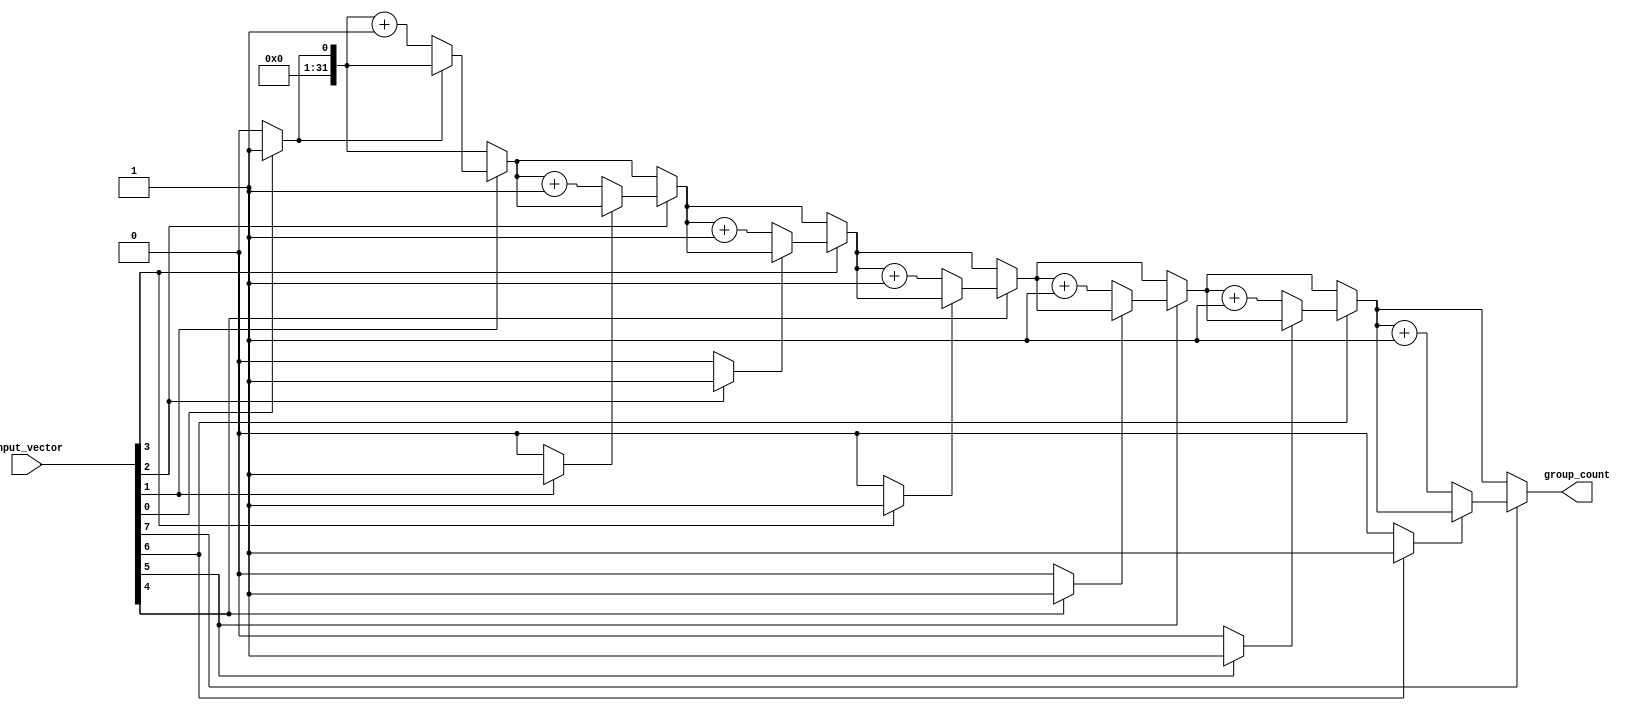
module group_of_ones (
    input wire [N-1:0] input_vector, // Input binary vector
    output reg [31:0] group_count      // Output group count (assuming max count fits in 32 bits)
);
    parameter N = 8; // Define the size of the input vector (change as needed)

    integer i;
    reg in_group;

    always @(*) begin
        group_count = 0;  // Initialize group count
        in_group = 0;     // Initialize in_group flag

        // Iterate through each bit of the input_vector
        for (i = 0; i < N; i = i + 1) begin
            if (input_vector[i] == 1'b1) begin
                if (!in_group) begin
                    group_count = group_count + 1; // New group found
                    in_group = 1;                  // Set in_group to true
                end
            end else begin
                in_group = 0; // End of current group
            end
        end
    end
endmodule